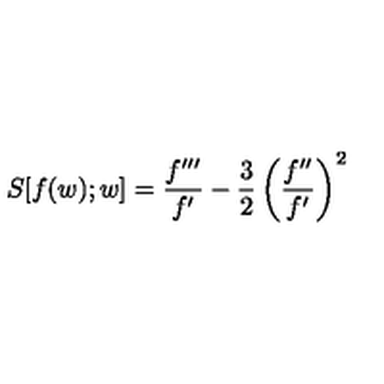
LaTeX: S [ f ( w ) ; w ] = \frac { f ^ { \prime \prime \prime } } { f ^ { \prime } } - \frac 3 2 \left( \frac { f ^ { \prime \prime } } { f ^ { \prime } } \right) ^ { 2 }